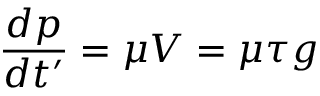
\frac { d p } { d t ^ { \prime } } = \mu V = \mu \tau g